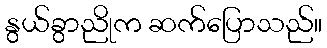
နွယ်ခွာညိုက ဆက်ပြောသည်။